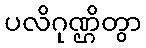
ပလိဂုဏ္ဌိတွာ